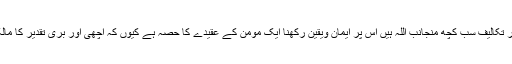
اور یہ تمام مصائب وآلام بیماری اور تکالیف سب کچھ منجانب اللہ ہیں اس پر ایمان ویقین رکھنا ایک مومن کے عقیدے کا حصہ ہے کیوں کہ اچھی اور بری تقدیر کا مالک ومختار صر ف اللہ کی ذات ہے ۔